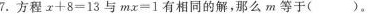
7.方程x+8=13与mx=1有相同的解，那么m等于( )。